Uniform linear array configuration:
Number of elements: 8
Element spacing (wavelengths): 0.5
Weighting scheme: blackman
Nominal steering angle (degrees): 15
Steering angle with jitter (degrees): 16.836
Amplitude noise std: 0.05
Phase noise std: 0.05

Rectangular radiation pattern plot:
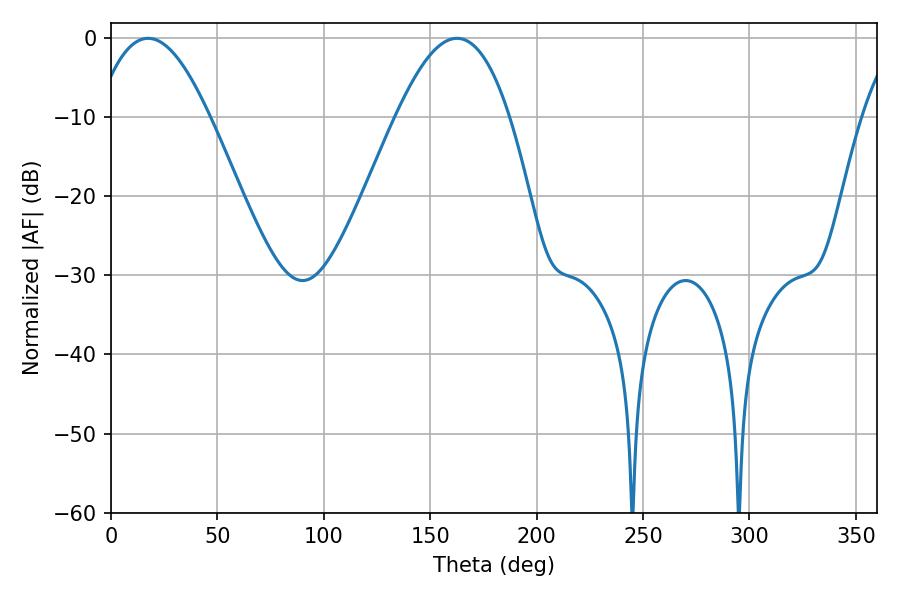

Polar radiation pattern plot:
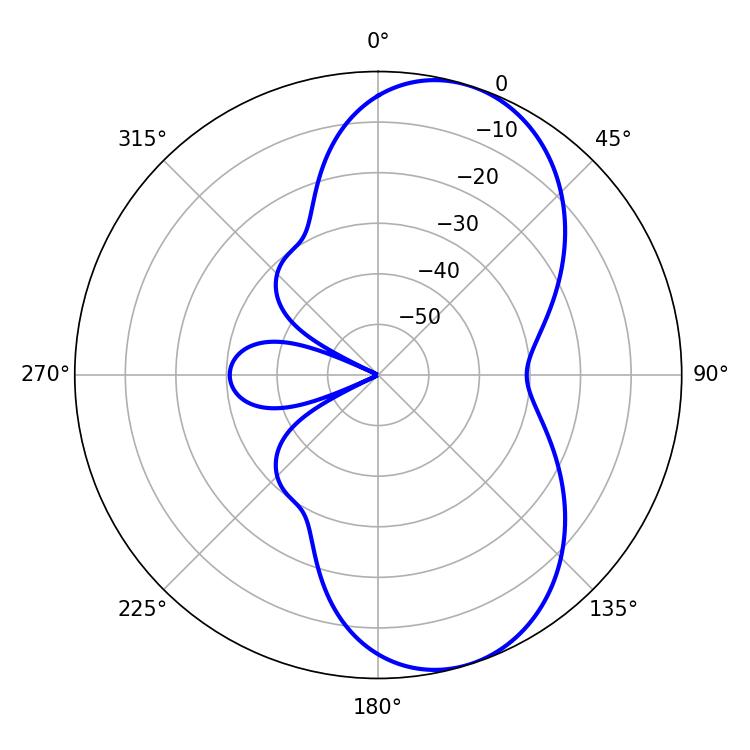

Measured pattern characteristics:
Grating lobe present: FALSE
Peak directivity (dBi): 7.602
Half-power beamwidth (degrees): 28.98
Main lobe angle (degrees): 17.46